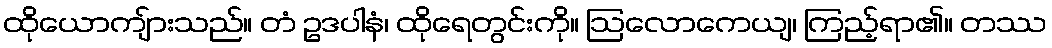
ထိုယောကျ်ားသည်။ တံ ဥဒပါနံ၊ ထိုရေတွင်းကို။ ဩလောကေယျ၊ ကြည့်ရာ၏။ တဿ